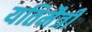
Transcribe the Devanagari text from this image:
यतिमैत्री